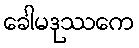
ခေါမဒုဿကေ